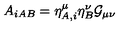
A _ { i A B } = \eta _ { A , i } ^ { \mu } \eta _ { B } ^ { \nu } { \cal G } _ { \mu \nu }